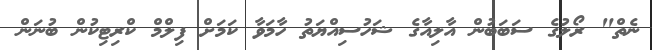
ނެތް" ރޯލުގެ ސަބަބުން އާލިއާގެ ޝަހުސިއްޔަތު ހާމަވާ ކަމަށް ފިލްމް ކްރިޓިކުން ބުނަން